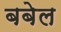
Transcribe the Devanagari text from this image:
बबेल